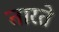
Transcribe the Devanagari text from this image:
तारते